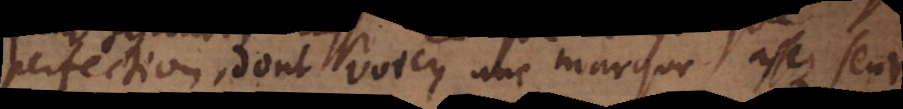
perfection, dont voicy une marque assez seure,